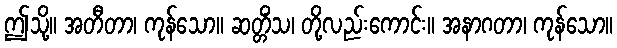
ဤသို့။ အတီတာ၊ ကုန်သော။ ဆတ္တိံသ၊ တို့လည်းကောင်း။ အနာဂတာ၊ ကုန်သော။